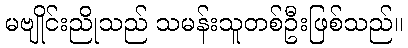
မဗျိုင်းညိုသည် သမန်းသူတစ်ဦးဖြစ်သည်။